system: You are a helpful assistant.
user:
Analyze the provided spectrum to determine if it is a **White Dwarf (WD)**.

A White Dwarf spectrum is defined by its **extreme purity** (due to gravitational settling) and/or **extreme pressure broadening** (due to high surface gravity). You must check for one of the following mutually exclusive signatures:

- **Key Visual Indicators (Check for ONE of these types):**

    - **1. DA-Type Signature (Most Common):**
        - **(Primary Feature):** Extreme pressure broadening (Stark broadening) of the **Hydrogen (H) Balmer lines**.
        - **(Key Lines):** $H\beta$ (approx. $4861$ Å) and $H\gamma$ (approx. $4340$ Å). $H\alpha$ (approx. $6563$ Å) will also be present if the wavelength range covers it.
        - **(Line Profile):** This is the **defining feature**. The lines are **NOT** sharp. They appear as massive, **extremely broad and deep "troughs" or "dips"** in the spectrum, often hundreds of Ångströms wide. The continuum will appear to "scoop" down at these wavelengths.
        - **(Distinction):** Normal A-type or B-type stars have *narrow* and *sharp* Hydrogen lines. A DA White Dwarf's lines are unmistakably "smeared" or "blurry" from pressure.

    - **2. DB-Type Signature:**
        - **(Primary Feature):** Broad absorption lines from **Neutral Helium (He I)**. The spectrum must lack any visible Hydrogen lines.
        - **(Key Lines):** Look for broad absorption near $4471$ Å, $4921$ Å, and $5876$ Å.
        - **(Line Profile):** These lines are also significantly pressure-broadened, appearing much wider than they would in a normal B-type main-sequence star.

    - **3. DC-Type Signature:**
        - **(Primary Feature):** A **featureless continuous spectrum**.
        - **(Line Profile):** The spectrum is a smooth curve with **no significant absorption or emission lines**.
        - **(Key Confirmation):** The continuum is almost always **blue or white**, indicating a hot object. This signature implies the atmosphere is so pure (or so cool) that no spectral lines are visible in the optical range. Its WD identity is confirmed by its extremely low intrinsic brightness (high absolute magnitude).

    - **4. DZ-Type Signature (Metal-Polluted):**
        - **(Primary Feature):** **Isolated, narrow metal absorption lines** on an otherwise featureless (DC-like) continuum.
        - **(Key Lines):** The **Calcium (Ca II) H & K doublet** (approx. **$3934$ Å** and **$3968$ Å**) is the most common and defining feature.
        - **(Line Profile):** These lines are "out of place." They are *not* part of a "forest" of thousands of lines. This signature is evidence of recent *accretion* (pollution) from rocky debris.
        - **(Distinction):** Normal G/K/M stars have a *dense forest* of thousands of metal lines. A DZ has a *clean* continuum with *only a few* strong metal lines.

    - **5. DQ-Type Signature (Carbon-Polluted):**
        - **(Primary Feature):** Absorption bands from **Carbon (C₂ "Swan Bands" or atomic C I)**.
        - **(Key Lines - C₂):** Look for bandheads with a "saw-tooth" shape near $5635$ Å, **$5165$ Å** (strongest), and $4737$ Å.
        - **(Key Confirmation):** The underlying **continuum must be blue or white** (hot).
        - **(Distinction):** This is the critical difference from a **Carbon Star**, which has the *exact same* C₂ bands but on an extremely **red, cool** continuum.

- **(Overall Spectrum):**
    - The continuum (overall shape) is typically **blue-sloping** (brighter in the blue than the red), as most white dwarfs are very hot.
    - The spectrum will look "pure" or "simple," dominated by only *one* of the five signatures listed above.

Think first, call **spectral_visualization_tool** if needed to examine features in detail, then provide your final answer. Your response must adhere to the following strict rules:
1.  **Overall Structure:** Your response must follow the format `<think>...</think> <tool_call>...</tool_call> (if a tool is used) <answer>...</answer>`.
2.  **Tool Usage Constraint:** You may only make **one** tool call per turn.
3.  **Final Answer Format:** In the `<answer>` tag, your conclusion must be inside a `\boxed{}` command (e.g., `\boxed{YES}` or `\boxed{NO}`), followed by your justification.

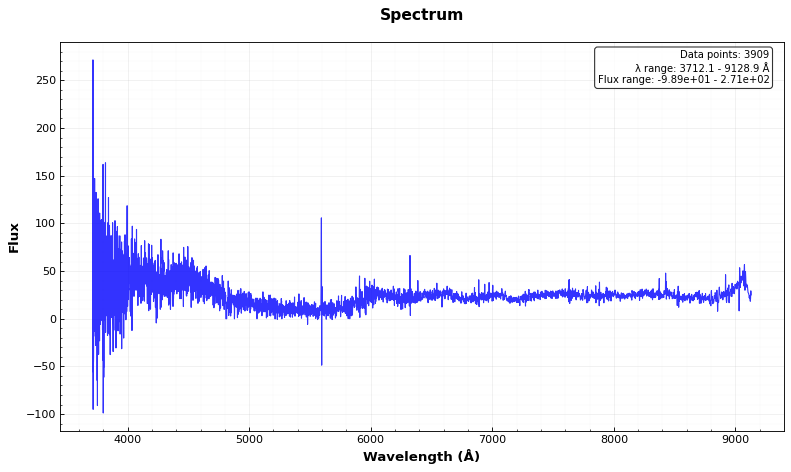
Answer: NO